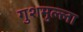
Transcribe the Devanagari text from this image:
गुशमुल्ला